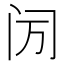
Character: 𬮙